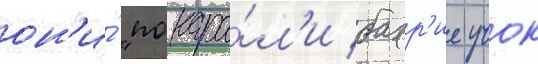
он'и́ "покара́л'и бахр'ие учок